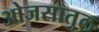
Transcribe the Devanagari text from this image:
ओजसातुल